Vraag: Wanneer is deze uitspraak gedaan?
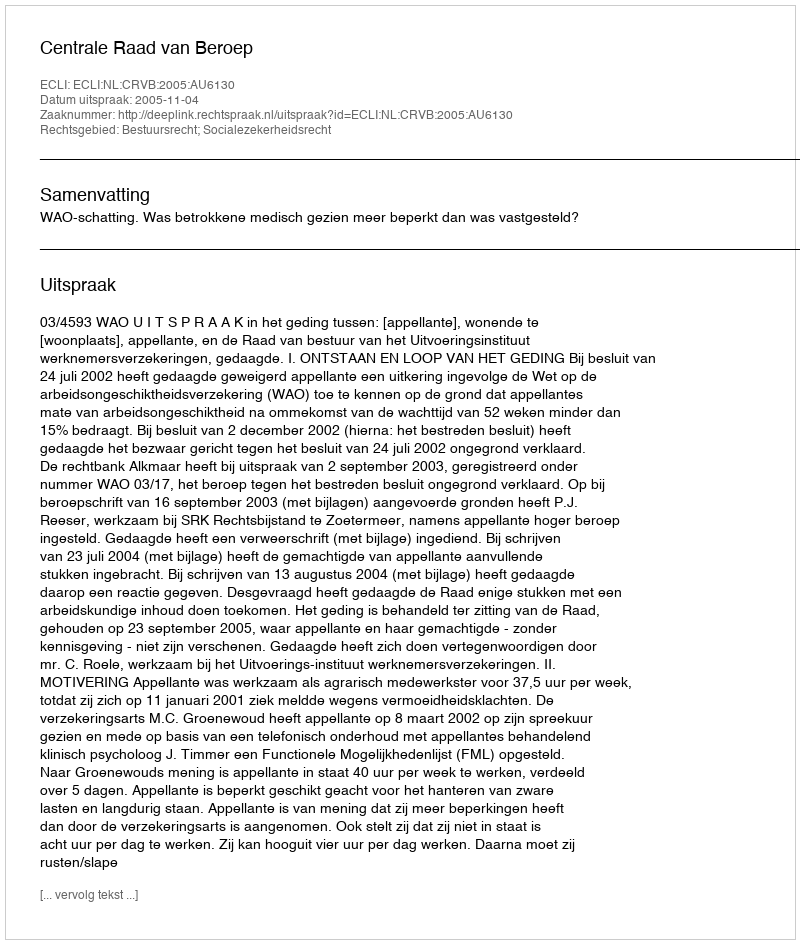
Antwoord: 2005-11-04